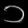
Digit: ၁